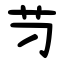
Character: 䒒